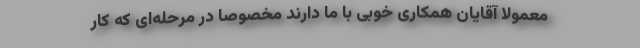
معمولاً آقایان همکاری خوبی با ما دارند مخصوصاً در مرحله‌ای که کار